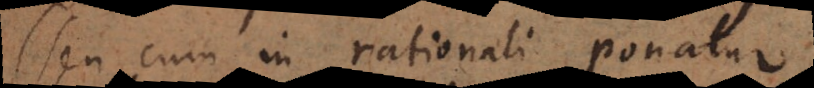
seu cum in rationali ponatur